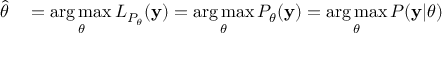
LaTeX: \begin{array} { r l } { { \hat { \theta } } } & { { } = { \underset { \theta } { \operatorname { a r g \, m a x } } } \, L _ { P _ { \theta } } ( \mathbf { y } ) = { \underset { \theta } { \operatorname { a r g \, m a x } } } \, P _ { \theta } ( \mathbf { y } ) = { \underset { \theta } { \operatorname { a r g \, m a x } } } \, P ( \mathbf { y } | \theta ) } \end{array}